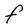
Character: F